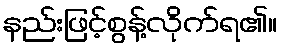
နည်းဖြင့်စွန့်လိုက်ရ၏။